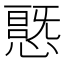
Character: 𭞦